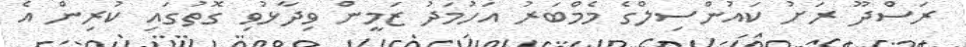
ރަސްދޫ ރަށު ކައުންސިލްގެ މެމްބަރު އަހުމަދު ޒަމީން ވިދާޅުވި ގޮތުގައި ކުރިން އެ